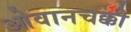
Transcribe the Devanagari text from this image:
ओवानचक्की